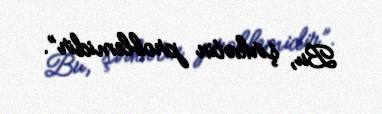
Bu, şirkətin problemidir”.